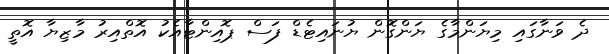
ދެ ވަނާގައި މިޔަންމާގެ ޔަންގޮން ޔުނައިޓެޑް ފަސް ޕޮއިންޓާއެކު އޮތްއިރު މާޒިޔާ އޮތީ